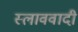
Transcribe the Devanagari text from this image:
स्लाववादी